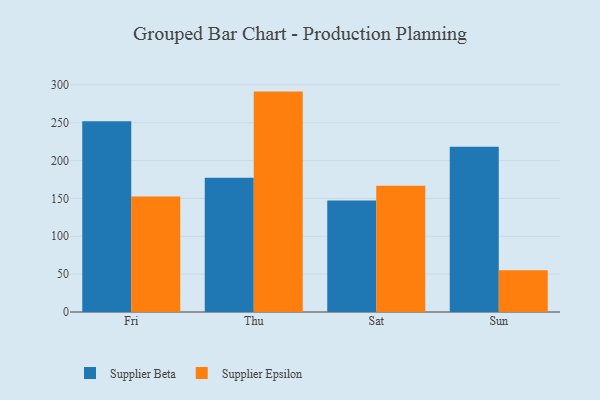
{"axis": {"x": "Day", "y": "LTV (USD)"}, "legend": ["Supplier Beta", "Supplier Epsilon"], "data": [{"x": "Fri", "y": 252.0, "type": "Supplier Beta"}, {"x": "Fri", "y": 152.7, "type": "Supplier Epsilon"}, {"x": "Thu", "y": 177.2, "type": "Supplier Beta"}, {"x": "Thu", "y": 291.1, "type": "Supplier Epsilon"}, {"x": "Sat", "y": 147.3, "type": "Supplier Beta"}, {"x": "Sat", "y": 166.6, "type": "Supplier Epsilon"}, {"x": "Sun", "y": 218.2, "type": "Supplier Beta"}, {"x": "Sun", "y": 55.1, "type": "Supplier Epsilon"}]}